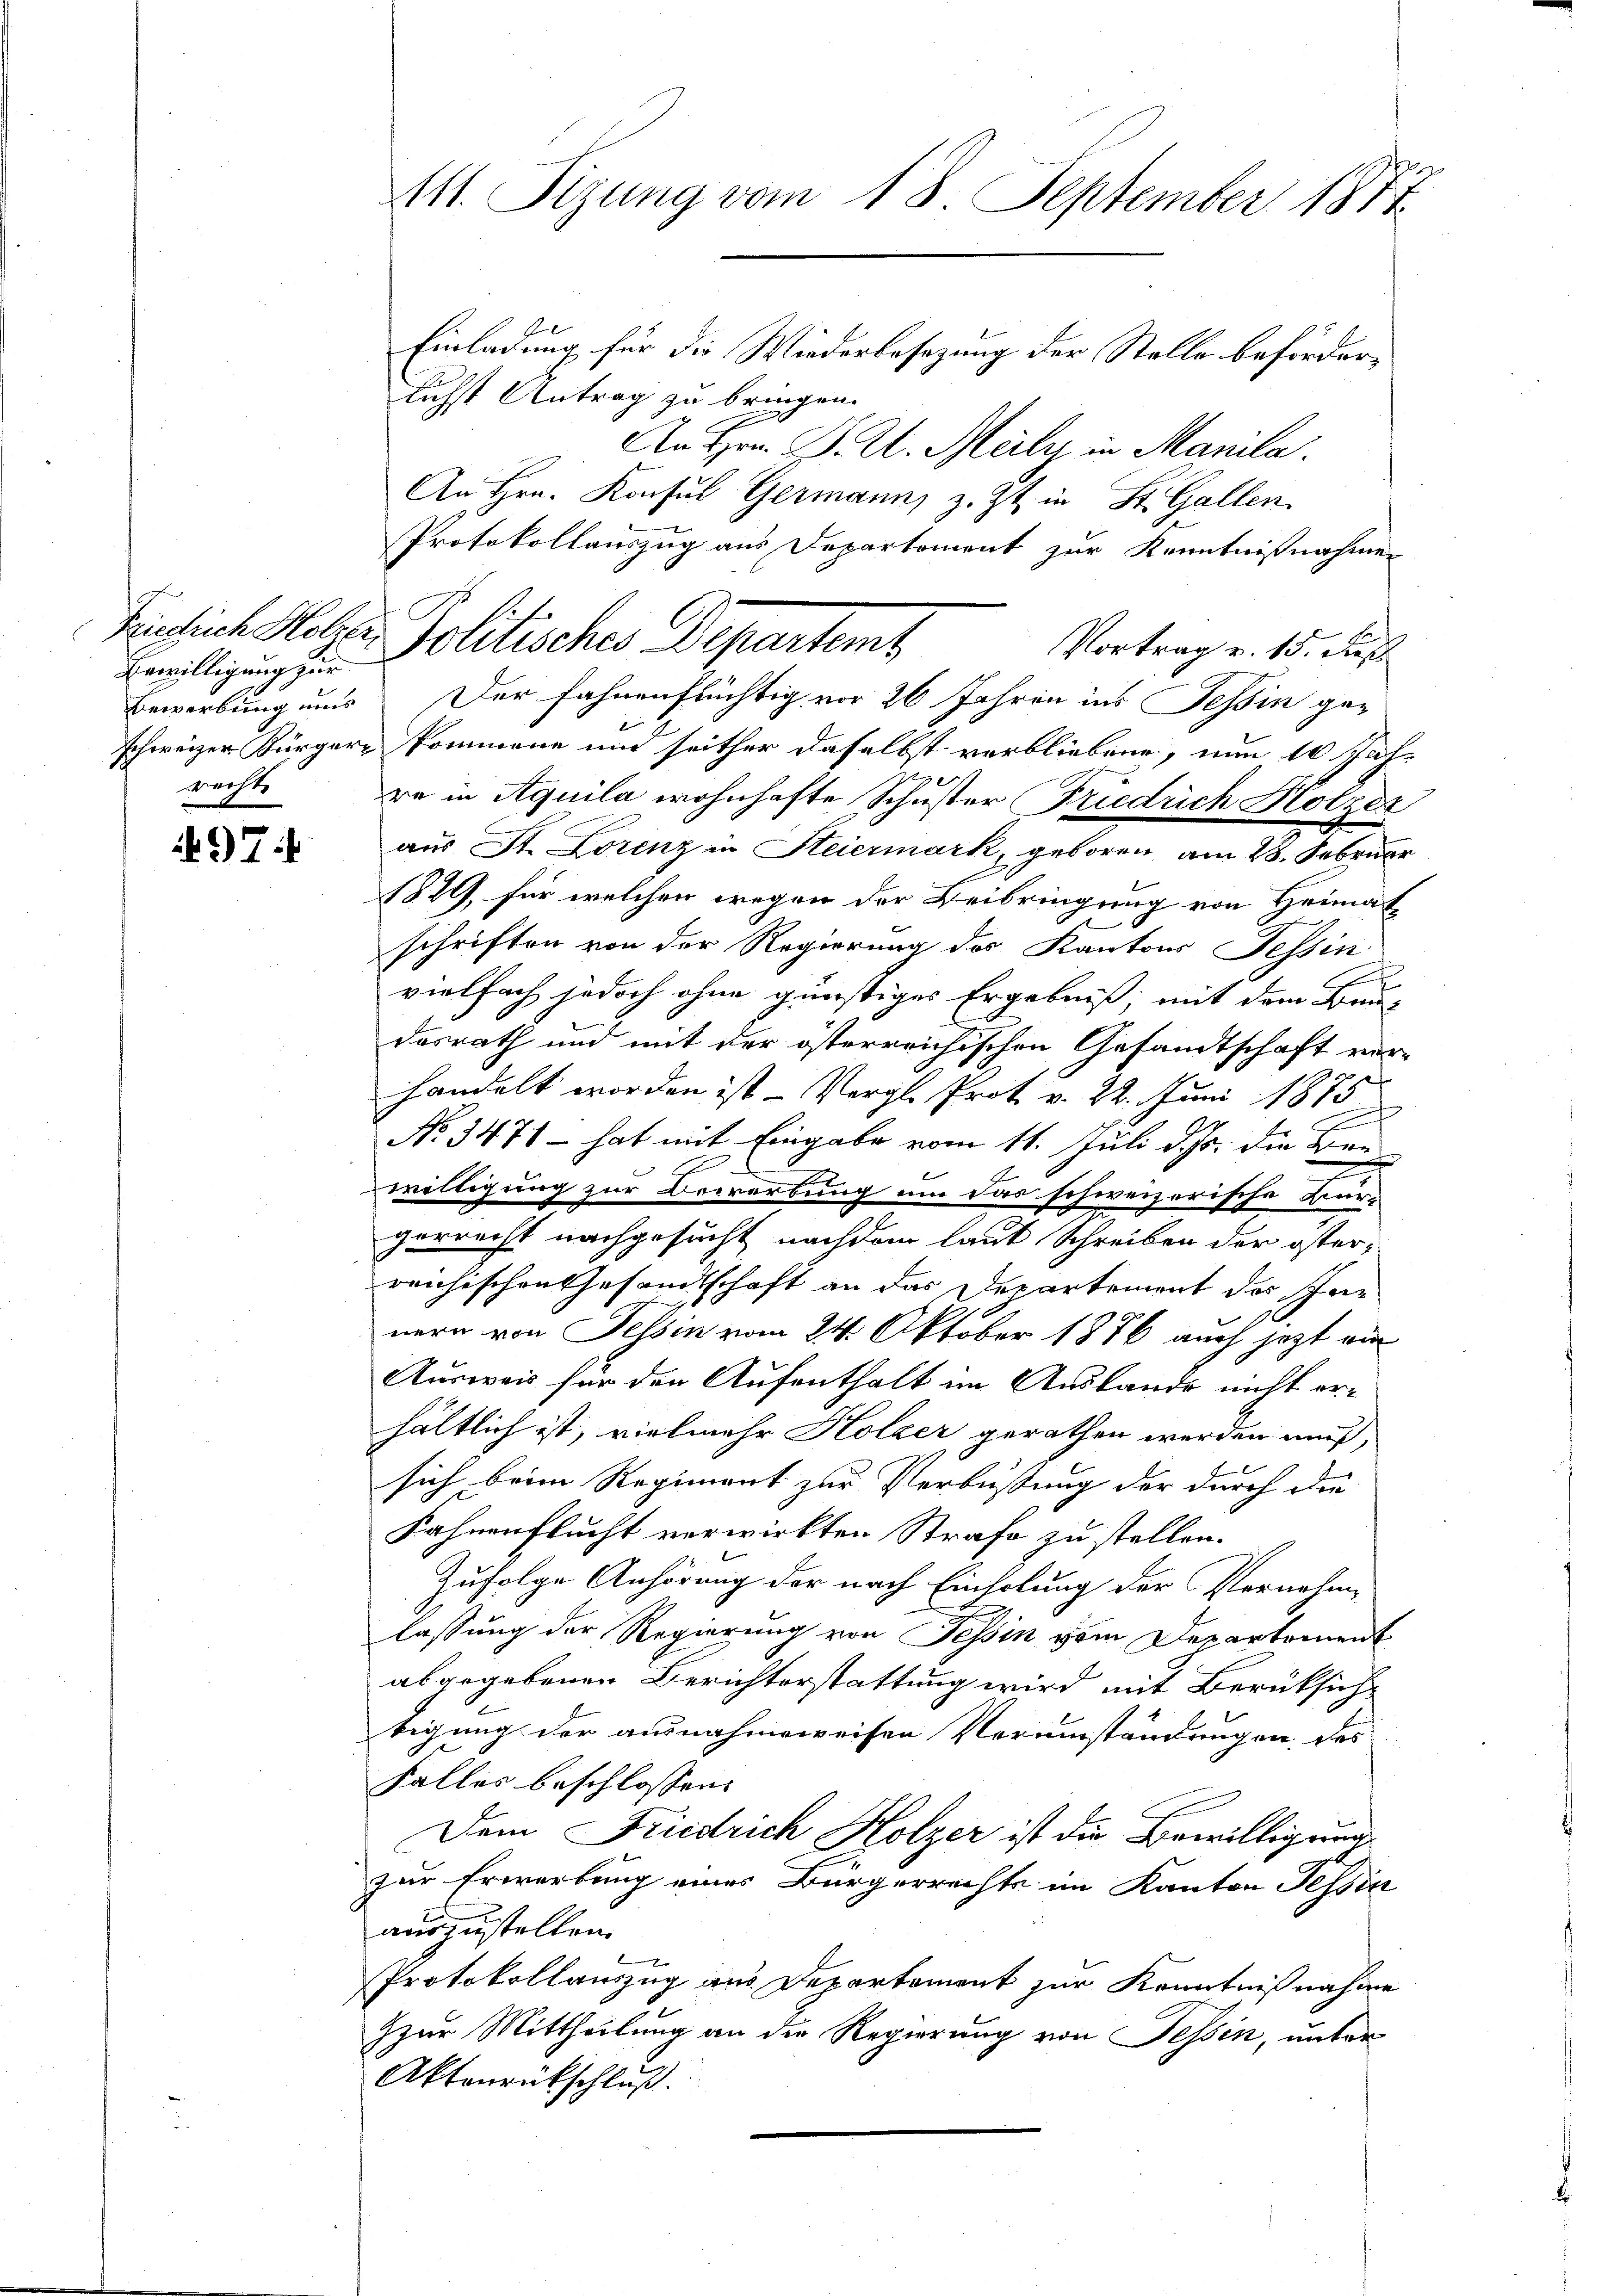
Bewilligung zur
pachte

97:

Einladung für die Wiederbesezung der Stelle beförderlichst Antrag zu bringen.
An Hrn. P. M. Meily in Manila.
An Hrn. Konsul Germann, z. Zt. in St. Gallen
Vortrag v. 15. Sep
Bewerbung uns Der fahrenfrüchtig vor 26 Jahren ins Tessin geschweizer Bürgere Pommene und seither daselbst verbliebene, nun 10 Jah-
re in Aquila wohnhafte Schuster Friedrich Holzer
aus St. Lorenz in Steiermark, geboren, am 28. Februar
1879, für welchen wegen der Beibringung von Heimatschriften von der Regierung des Kantons Tessin
C
vielfach jedoch ohne günstiges Ergebniß, mit dem Baudasrath und mit der österreichischen Gesandtschaft verhandelt worden ist - Vergl. Prot v. 22. Juni 1875
No 3471 - hat mit Eingabe vom 11. Juli d. Js. die Ben
willigung zur Bewerbung um das schweizerische Burgerrecht nachgesucht nachdem laut Schreiben der österreichischen Gesandtschaft an das Departement des Inn
nern von Tessin vom 24. Oktober 1876 auch jezt ein
Ausweis für den Aufenthalt im Auslande nicht erhältlich ist; vielmehr Holzer gerathen werden muß,
sich beim Regiment zur Verbüssung der durch die
Fahnenflucht verwirkten Strafe zu stellen.
Zufolge Anhörung der nach Einholung der Vornahme
lassung der Regierung von Tessin vom Departement
abgegebenen Berichterstattung wird mit Berüksichbigung der ausnahmsweisen Verumständungen des
Falles beschlossen:
Dem Friedrich Holzer ist die Bewilligung
zur Erwerbung eines Bürgerrechte im Kanton Tessia
auszustellen.
Protokollauszug aus Departement zur Kenntnißnahme
zzur Mittheilung an die Regierung von Tessin, unter
Aktenrückschluß.

Mtt. Sizung vom 18. September 1877

Protokollauszug aus Departement zur Kenntnißnahmen
Peinlich Holzer Politisches Departemt